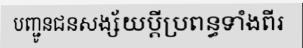
បញ្ជូនជនសង្ស័យប្តីប្រពន្ធទាំងពីរ